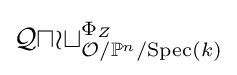
{\mathcal {Quot}}_{{\mathcal {O}}/\mathbb {P} ^{n}/{\text{Spec}}(k)}^{\Phi _{Z}}